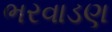
ભરવાડણ